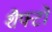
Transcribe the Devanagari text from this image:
शैफ्टों